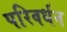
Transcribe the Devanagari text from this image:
परिवर्धन